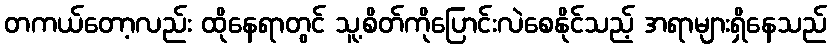
တကယ်တော့လည်း ထိုနေရာတွင် သူ့စိတ်ကိုပြောင်းလဲစေနိုင်သည့် အရာများရှိနေသည်